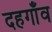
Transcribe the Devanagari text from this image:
दहगाँव